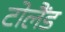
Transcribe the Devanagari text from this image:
टोलैंड